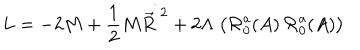
L = - 2 M + { \frac { 1 } { 2 } } M \dot { \vec { R } ^ { \; 2 } } + 2 \Lambda \; \bigl ( { \cal R } _ { 0 } ^ { \mathrm { a } } ( A ) \, { \cal R } _ { 0 } ^ { \mathrm { a } } ( A ) \bigr )